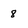
Character: 8